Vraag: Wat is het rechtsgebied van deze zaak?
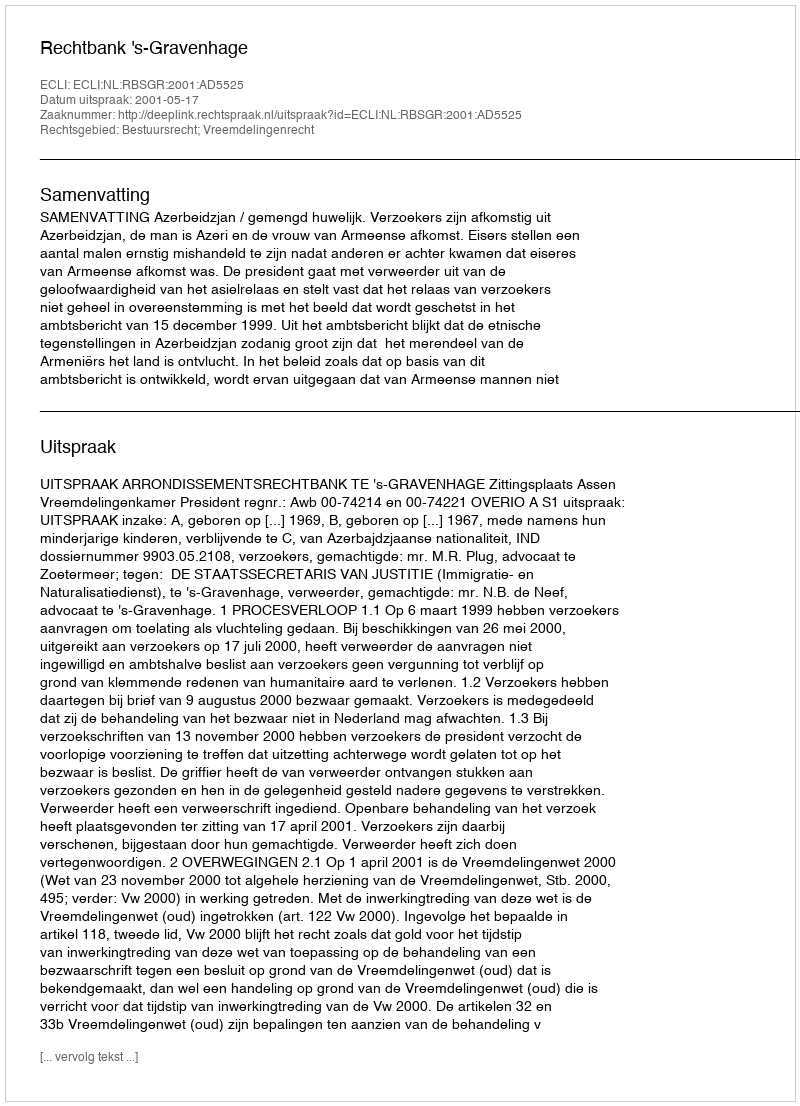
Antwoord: Bestuursrecht; Vreemdelingenrecht